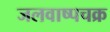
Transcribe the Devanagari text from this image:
जलवाष्पचक्र